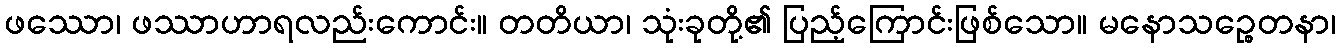
ဖဿော၊ ဖဿာဟာရလည်းကောင်း။ တတိယာ၊ သုံးခုတို့၏ ပြည့်ကြောင်းဖြစ်သော။ မနောသဉ္စေတနာ၊